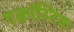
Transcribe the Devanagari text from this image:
एक्रॉस्टिक